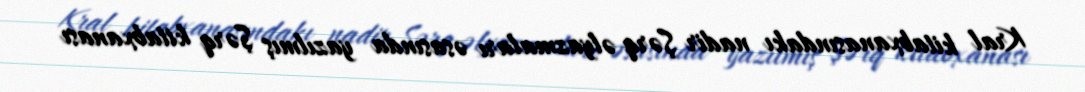
Kral kitabxanasındakı nadir Şərq əlyazmaları əsasında yazılmış Şərq kitabxanası